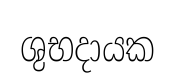
ශුභදායක